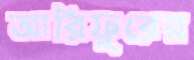
আরিফুরের